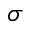
\sigma